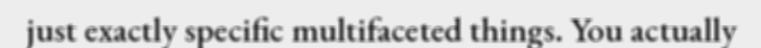
just exactly specific multifaceted things. You actually